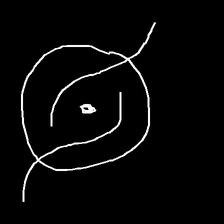
Glyph: repetition